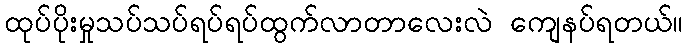
ထုပ်ပိုးမှုသပ်သပ်ရပ်ရပ်ထွက်လာတာလေးလဲ ကျေနပ်ရတယ်။